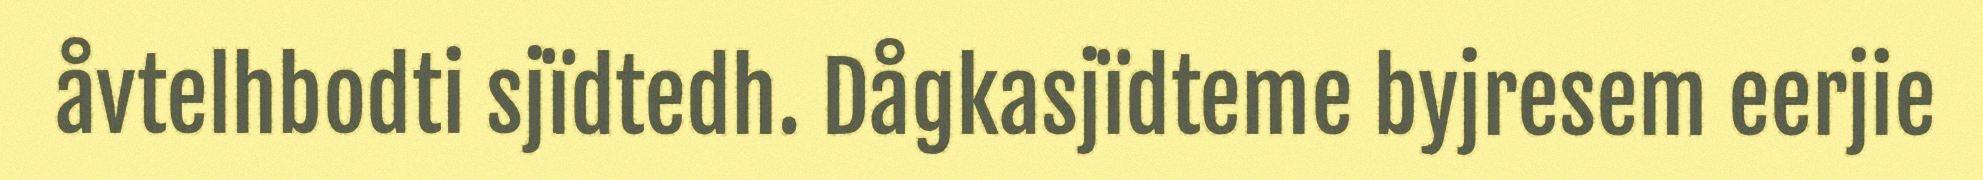
åvtelhbodti sjïdtedh. Dågkasjïdteme byjresem eerjie